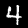
Digit: 4